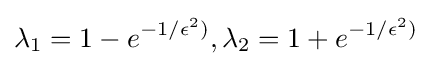
\lambda _{1}=1-e^{-1/\epsilon ^{2})},\lambda _{2}=1+e^{-1/\epsilon ^{2})}